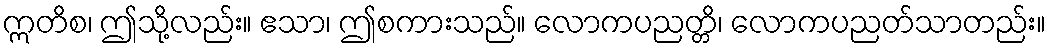
ဣတိစ၊ ဤသို့လည်း။ ဧသာ၊ ဤစကားသည်။ လောကပညတ္တိ၊ လောကပညတ်သာတည်း။